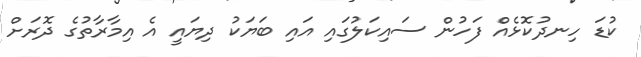
ކުޑަ ހިނދުކޮޅެއް ފަހުން ސައިކަލުގައި އައި ބަޔަކު ދިޔައީ އެ އިމާރާތުގެ ދޮރަށް